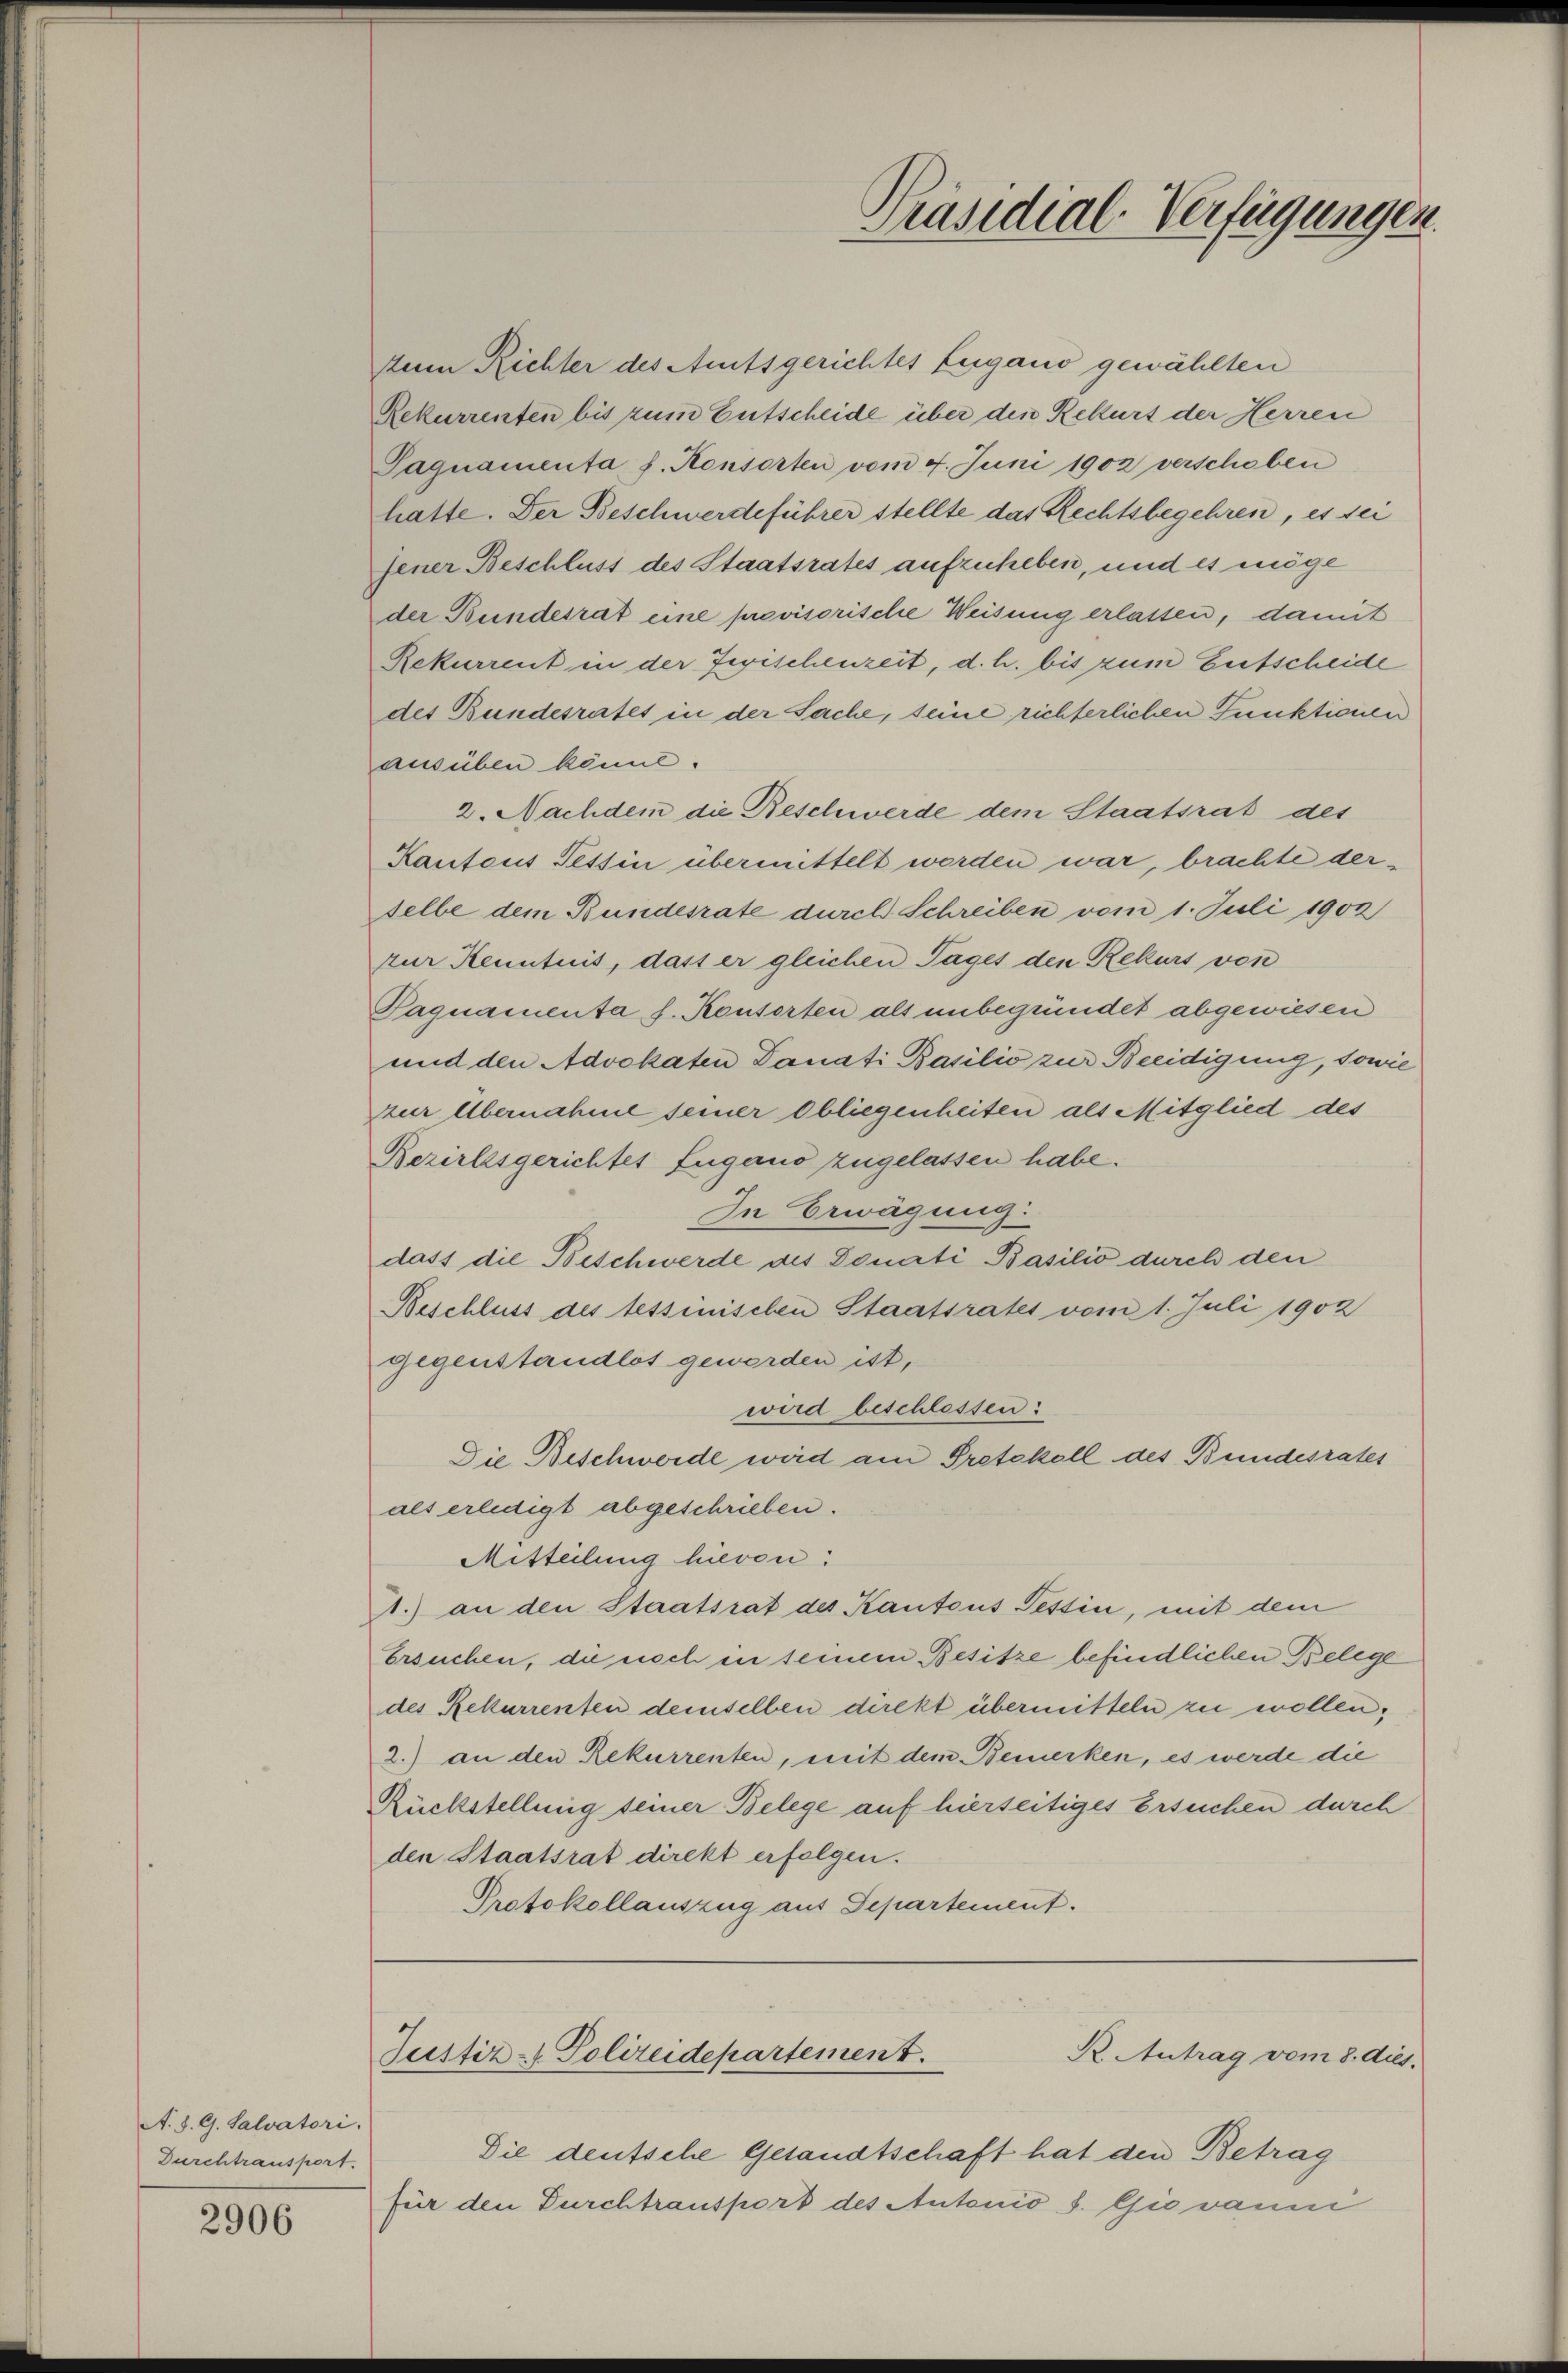
A. S. G. Salvatori,
Durchtransport.

2906

denm Richter des Amtsgerichtes Lugano gewählten
Rekurrenten bis zum Entscheide über den Rekurs der Herren
Sagnamenta h. Konsorten vom 4. Juni 1902 verschoben
hatte. Der Beschwerdeführer stellte das Rechtsbegehren, es sei
jener Beschluss des Staatsrates aufzuheben, und es möge
der Bundesrat eine provisorische Weisung erlassen, damit
Rekurrent in der Regischenzeit, d. h. bis zum Entscheide
des Bundesrates in der Sache, seine richterlichen Punktionen
ausüben könnt.
2. Nachdem die Beschwerde dem Staatsrat des
Kantons Tessin übermittelt worden war, brachte derselbe dem Bundesrate durch Schreiben vom 1. Juli 1903
zur Kenntnis, dass er gleichen Tages den Rekurs von
Pagnamenta s. Konsorten als unbegründet abgewiesen
und den Advokaten Danati Basilio zur Beeidigung, sowie
zur Übernahme seiner obliegenheiten als Mitglied des
Bezirksgerichtes Lugano zugelassen habe.
In Erwägung:
dass die Beschwerde des Donati Basilio durch den
Beschluss des tessinischen Staatsrates vom 1. Juli 1902
gegenstandlot gewerden ist,
wird beschlossen:
Die Beschwerde wird am Pretekoll des Bundesrates
als erledigt abgeschrieben.
Mitteilung hievon:
.) an den Staatsrat des Kantons Tessin, mit dem
Ersuchen, die noch in seinem Besitze befindlichen Belege
des Rekurrenten demselben direkt übermitteln zu wollen,
2.) an den Rekurrenten, mit dem Bemerken, es werde die
Rückstellung seiner Belege auf hierseitiges Ersuchen durch
den Staatsrat direkt erfolgen.
Protokollauszug aus Departement.

Die deutsche Gesandtschaft hat den Betrag
für den Durchtransport des Antonio S. Giovanni

Präsidial-Verfügungen.

R. Antrag vom 8. dies.
Justiz- Polizeidepartement.